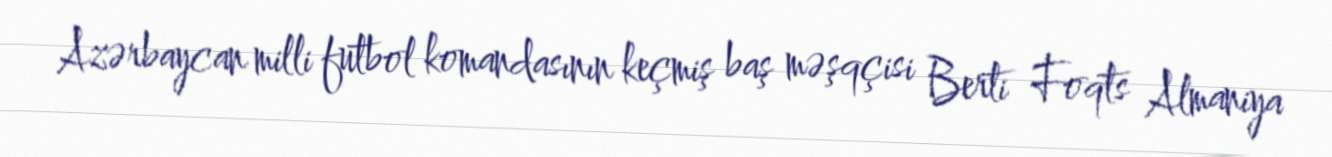
Azərbaycan milli futbol komandasının keçmiş baş məşqçisi Berti Foqts Almaniya